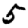
Digit: 5